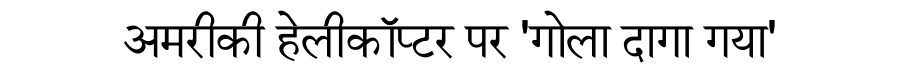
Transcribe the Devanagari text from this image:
अमरीकी हेलीकॉप्टर पर 'गोला दागा गया'